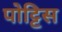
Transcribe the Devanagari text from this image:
पोट्टिस